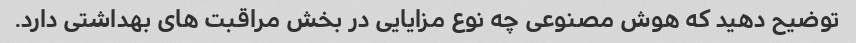
توضیح دهید که هوش مصنوعی چه نوع مزایایی در بخش مراقبت های بهداشتی دارد.